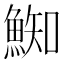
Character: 𩸴